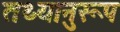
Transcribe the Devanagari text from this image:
तथ्यानुरूप